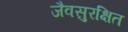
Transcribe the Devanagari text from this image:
जैवसुरक्षित